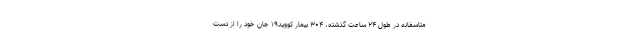
متاسفانه در طول ۲۴ ساعت گذشته، ۳۰۴ بیمار کووید۱۹ جان خود را از دست